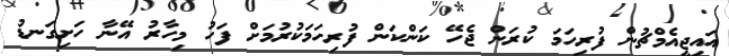
އައިޖީއެމްޗުން ފުރިހަމަ ކުރަން ޖެހޭ ކަަންކަން ފުރިހަމަކުރުމަށް ފަހު މިހާރު އޭނާ ހަށިގަނޑު